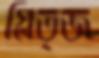
গ্লিত্জ